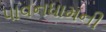
પાવનધામની